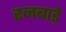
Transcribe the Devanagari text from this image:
रजबाड़े